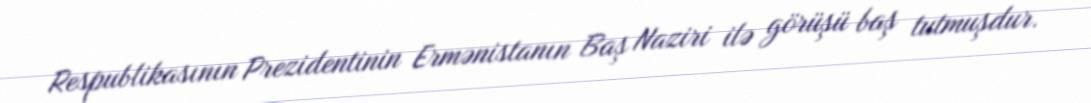
Respublikasının Prezidentinin Ermənistanın Baş Naziri ilə görüşü baş tutmuşdur.